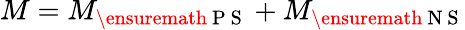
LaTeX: M=M_{\ensuremath{\mathrm{~P~S~}}}+M_{\ensuremath{\mathrm{~N~S~}}}